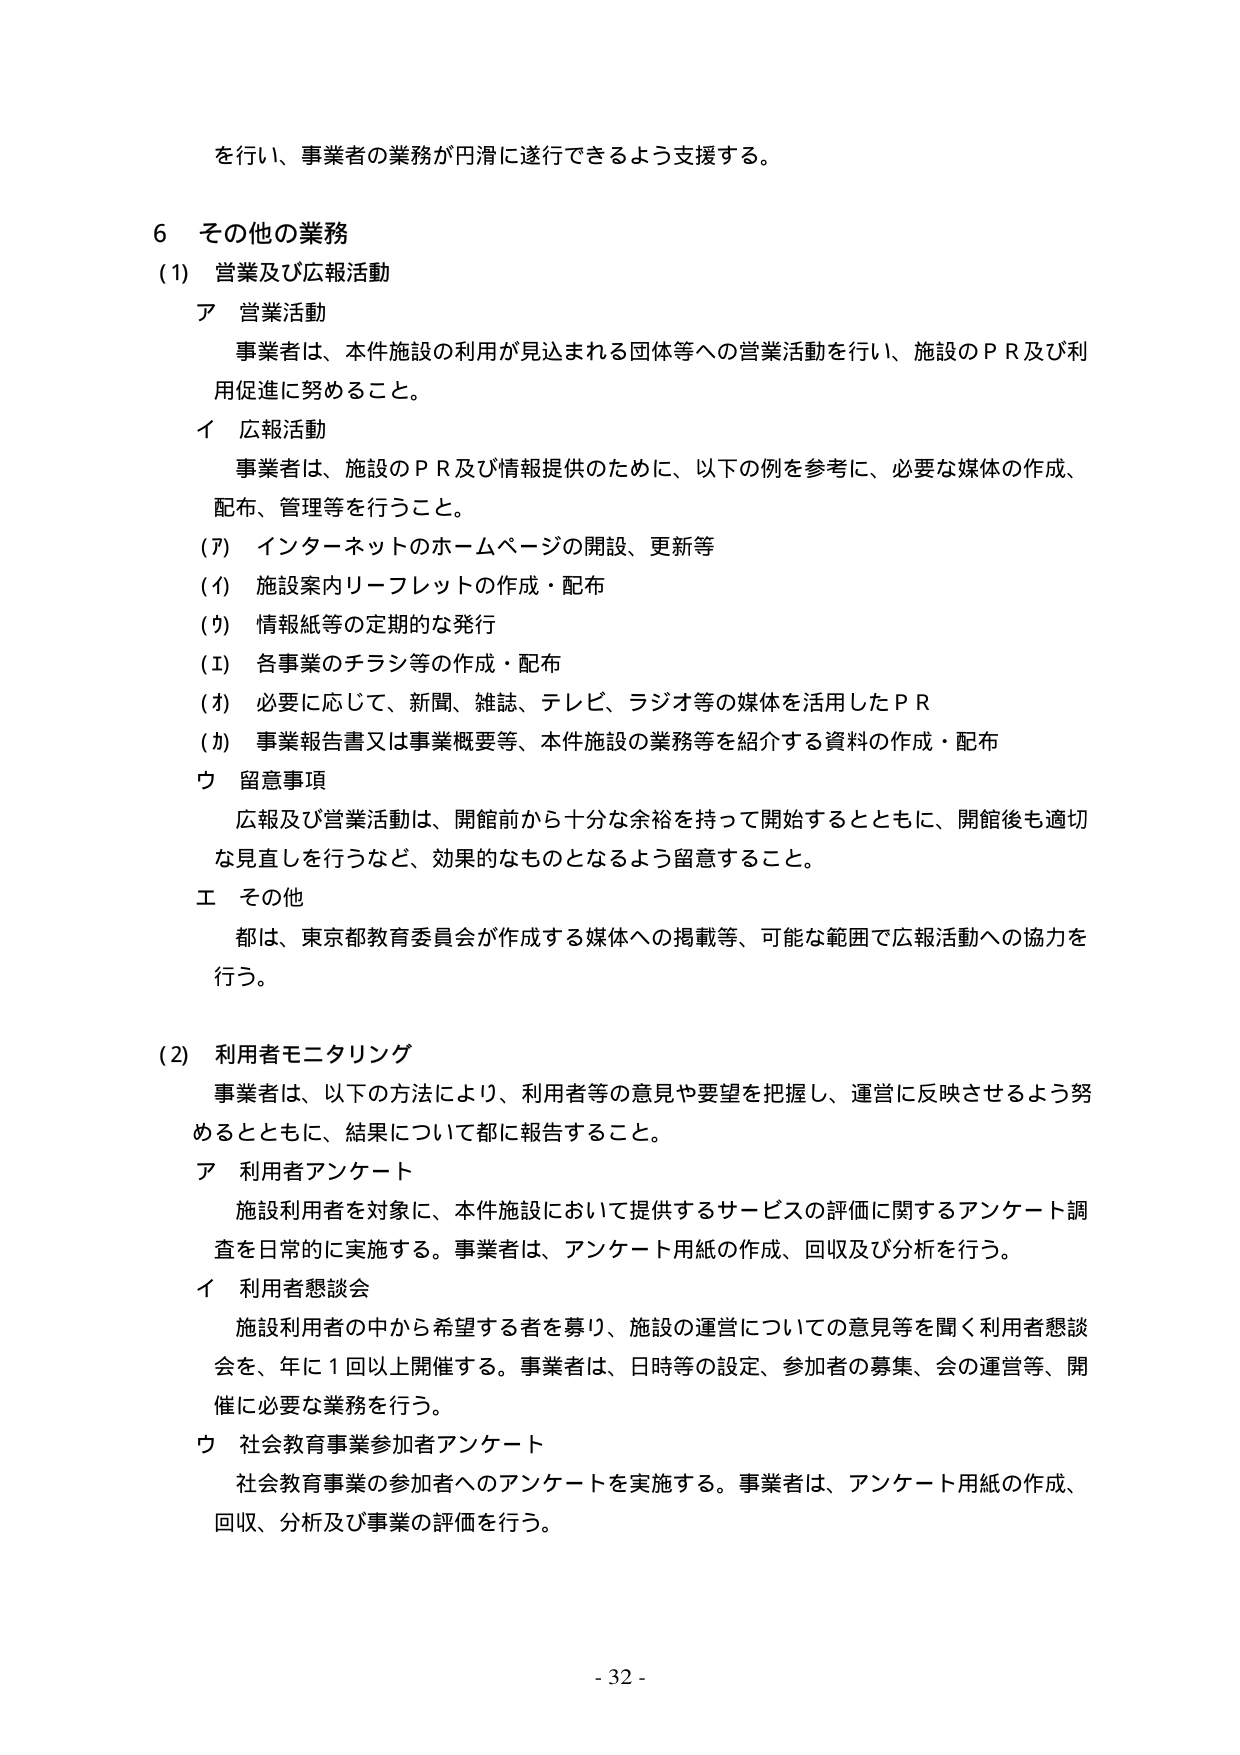
を行い、事業者の業務が円滑に遂行できるよう支援する。

6 その他の業務

(1) 営業及び広報活動

ア 営業活動
事業者は、本件施設の利用が見込まれる団体等への営業活動を行い、施設のＰＲ及び利用促進に努めること。

イ 広報活動
事業者は、施設のＰＲ及び情報提供のために、以下の例を参考に、必要な媒体の作成、配布、管理等を行うこと。
(ｱ) インターネットのホームページの開設、更新等
(ｲ) 施設案内リーフレットの作成・配布
(ｳ) 情報紙等の定期的な発行
(ｴ) 各事業のチラシ等の作成・配布
(ｵ) 必要に応じて、新聞、雑誌、テレビ、ラジオ等の媒体を活用したＰＲ
(ｶ) 事業報告書又は事業概要等、本件施設の業務等を紹介する資料の作成・配布

ウ 留意事項
広報及び営業活動は、開館前から十分な余裕を持って開始するとともに、開館後も適切な見直しを行うなど、効果的なものとなるよう留意すること。

エ その他
都は、東京都教育委員会が作成する媒体への掲載等、可能な範囲で広報活動への協力を行う。

(2) 利用者モニタリング
事業者は、以下の方法により、利用者等の意見や要望を把握し、運営に反映させるよう努めるとともに、結果について都に報告すること。

ア 利用者アンケート
施設利用者を対象に、本件施設において提供するサービスの評価に関するアンケート調査を日常的に実施する。事業者は、アンケート用紙の作成、回収及び分析を行う。

イ 利用者懇談会
施設利用者の中から希望する者を募り、施設の運営についての意見等を聞く利用者懇談会を、年に1回以上開催する。事業者は、日時等の設定、参加者の募集、会の運営等、開催に必要な業務を行う。

ウ 社会教育事業参加者アンケート
社会教育事業の参加者へのアンケートを実施する。事業者は、アンケート用紙の作成、回収、分析及び事業の評価を行う。

- 32 -